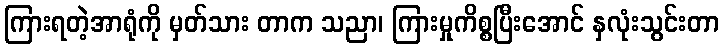
ကြားရတဲ့အာရုံကို မှတ်သား တာက သညာ၊ ကြားမှုကိစ္စပြီးအောင် နှလုံးသွင်းတာ